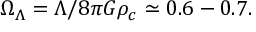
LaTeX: \Omega _ { \Lambda } = \Lambda / 8 \pi G \rho _ { c } \simeq 0 . 6 - 0 . 7 .